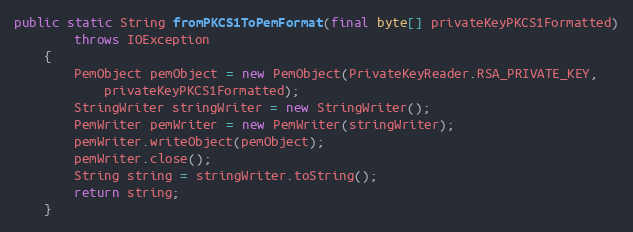
Language: Java
public static String fromPKCS1ToPemFormat(final byte[] privateKeyPKCS1Formatted)
		throws IOException
	{
		PemObject pemObject = new PemObject(PrivateKeyReader.RSA_PRIVATE_KEY,
			privateKeyPKCS1Formatted);
		StringWriter stringWriter = new StringWriter();
		PemWriter pemWriter = new PemWriter(stringWriter);
		pemWriter.writeObject(pemObject);
		pemWriter.close();
		String string = stringWriter.toString();
		return string;
	}